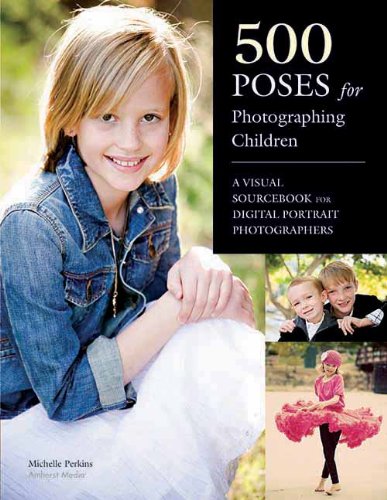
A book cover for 500 Poses for Photographing Children: A Visual Sourcebook for Digital Portrait Photographers; Michelle Perkins; Arts & Photography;